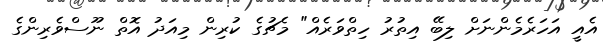
އެއީ އަހަރެމެންނަށް ލިބޭ އިތުރު ހިތްވަރެއް" މެޗުގެ ކުރިން މިއަދު އޮތް ނޫސްވެރިންގެ